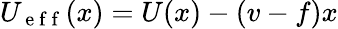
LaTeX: U_{\mathrm{~e~f~f~}}(x)=U(x)-(v-f)x